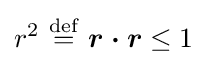
r^{2}~{\stackrel {\mathrm {def} }{=}}~{\boldsymbol {r\cdot r}}\leq 1